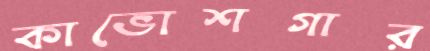
কাভোশগার